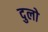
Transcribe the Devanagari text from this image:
दुलो